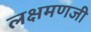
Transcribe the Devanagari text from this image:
लक्षमणजी